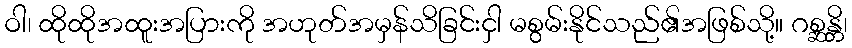
ဝါ၊ ထိုထိုအထူးအပြားကို အဟုတ်အမှန်သိခြင်းငှါ မစွမ်းနိုင်သည်၏အဖြစ်သို့။ ဂစ္ဆန္တိ၊